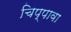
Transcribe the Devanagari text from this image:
चिप्पावा